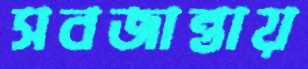
সবজান্তায়